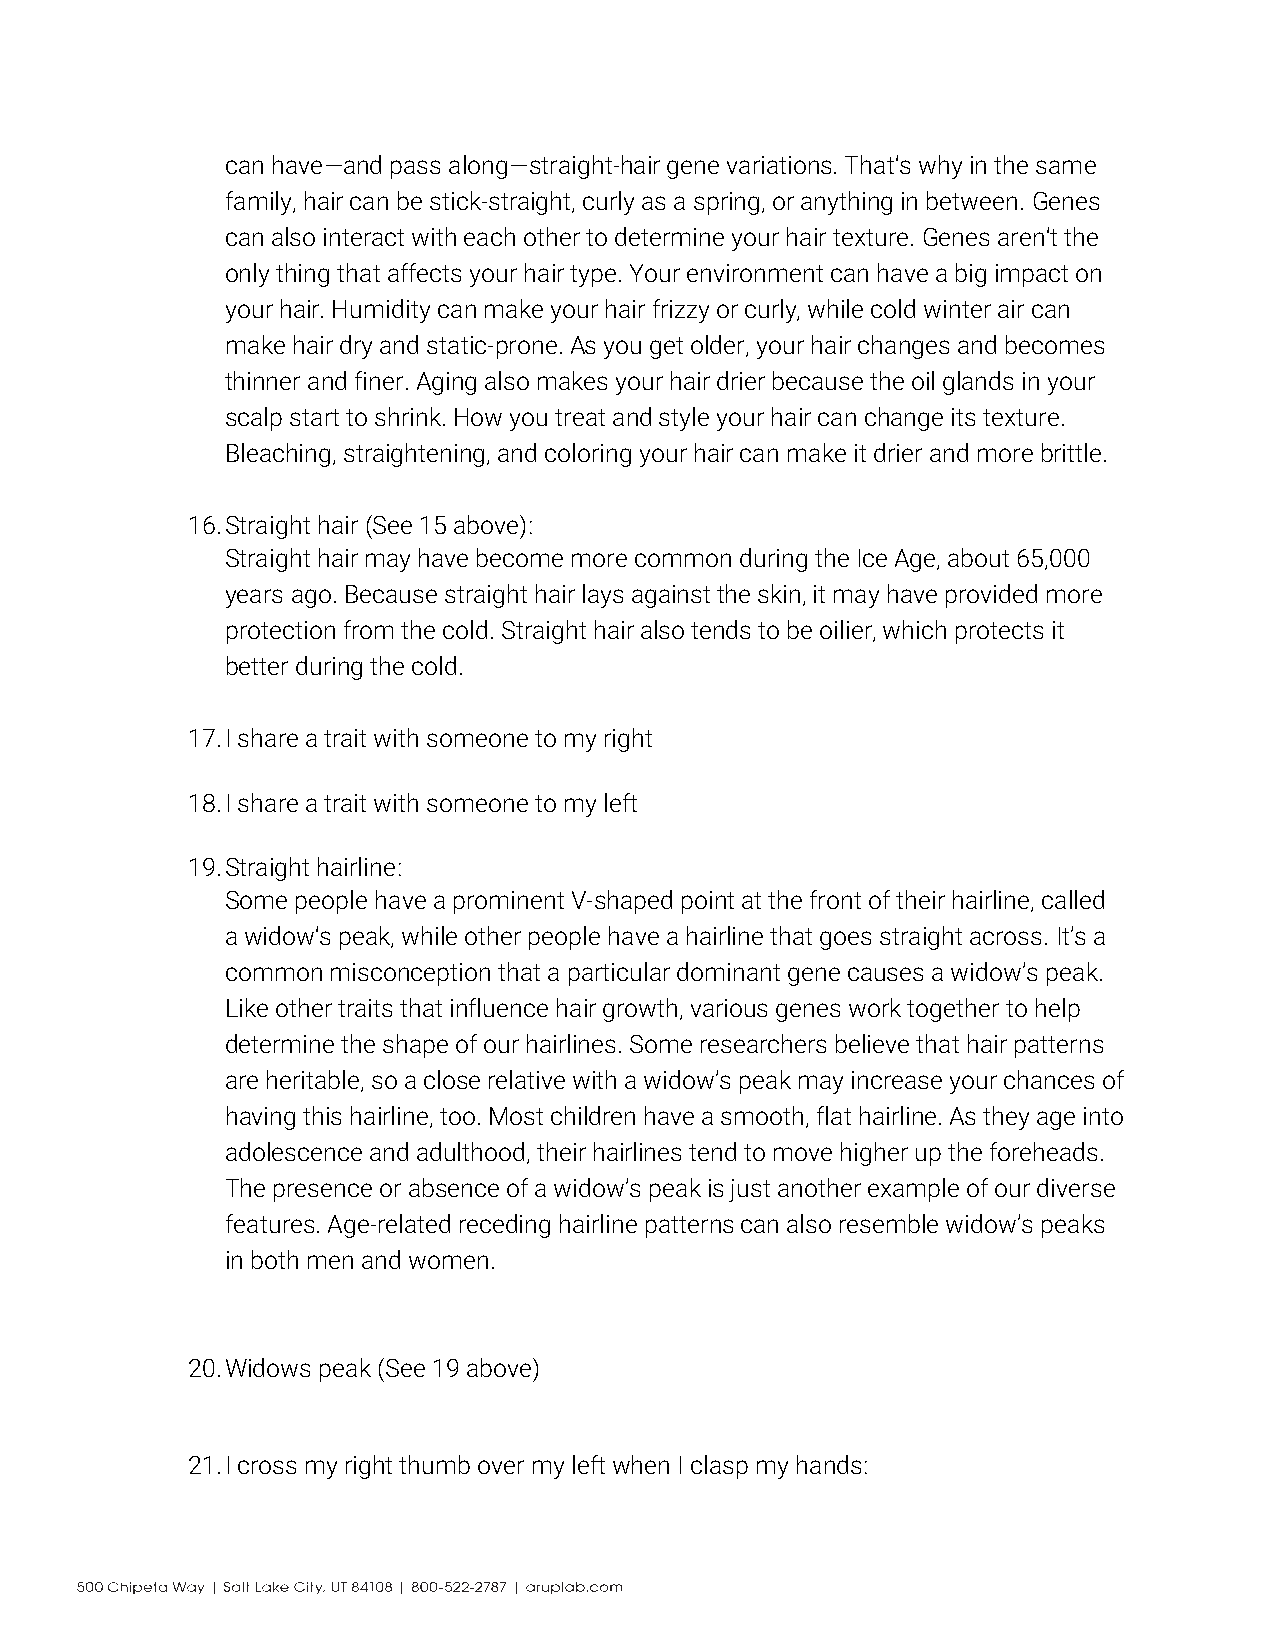
can have—and pass along—straight-hair gene variations. That's why in the same
 family, hair can be stick-straight, curly as a spring, or anything in between. Genes
 can also interact with each other to determine your hair texture. Genes aren't the
 only thing that affects your hair type. Your environment can have a big impact on
 your hair. Humidity can make your hair frizzy or curly, while cold winter air can
 make hair dry and static-prone. As you get older, your hair changes and becomes
 thinner and finer. Aging also makes your hair drier because the oil glands in your
 scalp start to shrink. How you treat and style your hair can change its texture.
 Bleaching, straightening, and coloring your hair can make it drier and more brittle.
 16. Straight hair (See 15 above):
 Straight hair may have become more common during the Ice Age, about 65,000
 years ago. Because straight hair lays against the skin, it may have provided more
 protection from the cold. Straight hair also tends to be oilier, which protects it
 better during the cold.
 17. I share a trait with someone to my right
 18. I share a trait with someone to my left
 19. Straight hairline:
 Some people have a prominent V-shaped point at the front of their hairline, called
 a widow's peak, while other people have a hairline that goes straight across. It’s a
 common misconception that a particular dominant gene causes a widow’s peak.
 Like other traits that influence hair growth, various genes work together to help
 determine the shape of our hairlines. Some researchers believe that hair patterns
 are heritable, so a close relative with a widow’s peak may increase your chances of
 having this hairline, too. Most children have a smooth, flat hairline. As they age into
 adolescence and adulthood, their hairlines tend to move higher up the foreheads.
 The presence or absence of a widow’s peak is just another example of our diverse
 features. Age-related receding hairline patterns can also resemble widow’s peaks
 in both men and women.
 20. Widows peak (See 19 above)
 21. I cross my right thumb over my left when I clasp my hands: